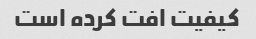
کیفیت افت کرده است